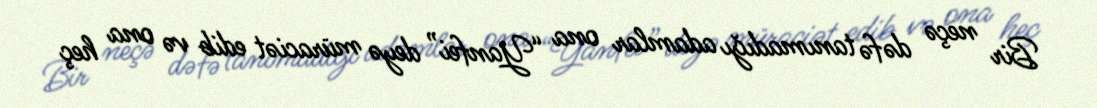
Bir neçə dəfə tanımadığı adamlar ona “Yanfei” deyə müraciət edib və ona heç